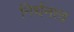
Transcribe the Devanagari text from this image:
निर्धनत्व